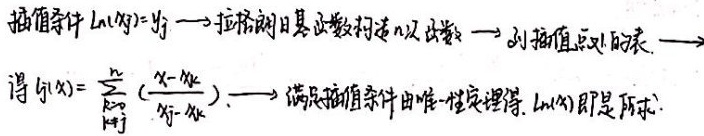
插值条件 \(L_n(x_j)=y_j\) $\longrightarrow$ 拉格朗日基函数构造 \(n\) 次函数 $\longrightarrow$ 列出插值点 \(x_j\) 的表 $\longrightarrow$ 得 \(l_j(x)=\prod_{k = 0,k\neq j}^{n}\frac{(x - x_k)}{(x_j - x_k)}\) $\longrightarrow$ 满足插值条件，由唯一性定理得 \(L_n(x)\) 即是所求。